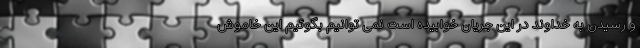
و رسیدن به خداوند در این جریان خوابیده است نمی توانیم بگوئیم این خاموش